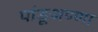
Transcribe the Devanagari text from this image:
पांडूअण्णा